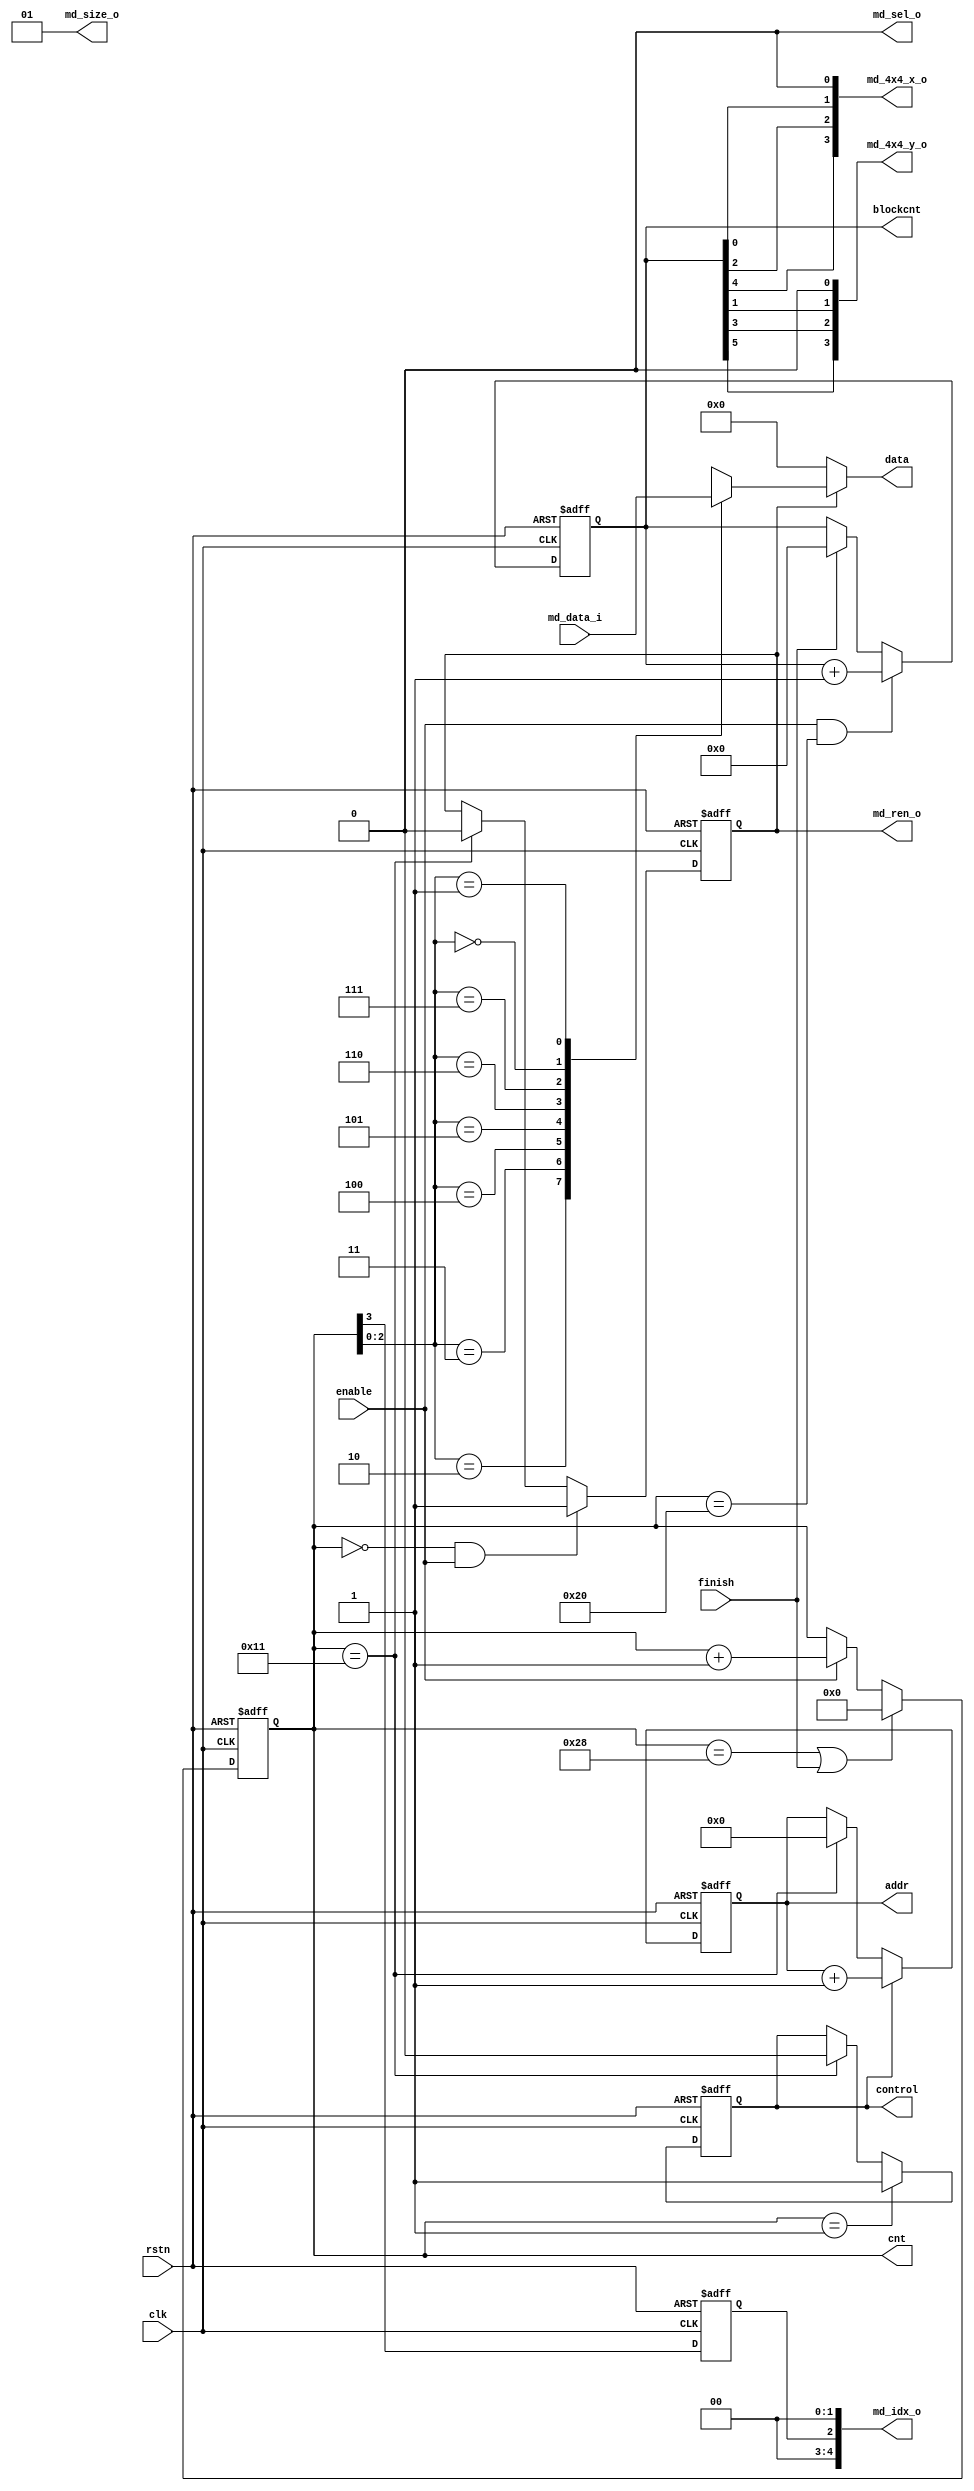
//======================================
//
//  Description   : original 8x8 block pixels fetch
//
//======================================
module fetch8x8(
	clk,
	rstn,
	
	enable,
	addr,
	data,
	cnt,
	blockcnt,
	finish,
	control,
	
	md_ren_o,	
	md_sel_o,	
	md_size_o,	
	md_4x4_x_o,	
	md_4x4_y_o,
	md_idx_o,	
	md_data_i	
);

	input						clk;
	input						rstn;
	input						enable;
	
	output		[31:0]			data;
	output						control;
	output		[3:0]			addr;
	output		[5:0]			cnt;
	output		[6:0]			blockcnt;
	input						finish;
	output						md_ren_o	;
	output						md_sel_o	;
	output		[1:0]			md_size_o	;
	output		[3:0]			md_4x4_x_o	;
	output		[3:0]			md_4x4_y_o	;
	output		[4:0]			md_idx_o	;
	input		[255:0]			md_data_i	;
	
	reg							md_ren_o	;
	wire						md_sel_o	;
	wire		[1:0]			md_size_o	;
	wire		[3:0]			md_4x4_x_o	;
	wire		[3:0]			md_4x4_y_o	;
	wire		[4:0]			md_idx_o	;
			
	reg			[31:0]			data;
	reg							control;
	reg			[3:0]			addr;
			
	reg			[5:0]			cnt;
	reg			[6:0]			blockcnt;
	wire		[255:0]			rdata;
	reg							flag;
	
//=====================================================================================
	
	assign		md_sel_o	=	1'b0;
	assign		md_size_o	=	2'b01;
	assign		md_idx_o	=	{2'b00,flag,2'b00};
	assign		md_4x4_x_o	=	{blockcnt[4],blockcnt[2],blockcnt[0],1'b0};
	assign		md_4x4_y_o	=	{blockcnt[5],blockcnt[3],blockcnt[1],1'b0};
	
	assign		rdata		=	md_data_i;
	
	always@(posedge clk or negedge rstn)
		if(!rstn)
			flag	<=	1'b0;
		else
			flag	<=	cnt[3];
	
	always@(posedge clk or negedge rstn)
		if(!rstn)
			cnt <= 'd0;
		else if((cnt == 'd40)||finish)
			cnt <= 'd0;
		else if(enable)
			cnt <= cnt + 1'b1;
			
	always@(posedge clk or negedge rstn)
		if(!rstn)
			blockcnt <= 'd0;
		else if(enable && (cnt == 'd32))
			blockcnt <= blockcnt + 1'b1;
		else if(finish)
			blockcnt <=	'd0;
	
	always@(posedge clk or negedge rstn)
		if(!rstn)
			md_ren_o	<=	1'b0;
		else if((cnt == 'd0)&&enable)
			md_ren_o	<=	1'b1;
		else if(cnt == 'd17)
			md_ren_o	<=	1'b0;
			
	always@(posedge clk or negedge rstn)
		if(!rstn)
			control	<=	1'b0;
		else if(cnt == 'd1)
			control	<=	1'b1;
		else if(cnt == 'd17)
			control	<=	1'b0;
			
	always@(posedge clk or negedge rstn)
		if(!rstn)
			addr	<=	'd0;
		else if(control)
			addr	<=	addr	+	1'b1;
		else if(cnt	==	'd17)
			addr	<=	'd0;
			
	always@(*) begin	
		if(md_ren_o)
			case(cnt[2:0])
				3'd2:	data	=	rdata[255:224];
				3'd3:	data	=	rdata[223:192];
				3'd4:	data	=	rdata[191:160];
				3'd5:	data	=	rdata[159:128];
				3'd6:	data	=	rdata[127:96];
				3'd7:	data	=	rdata[95:64];
				3'd0:	data	=	rdata[63:32];
				3'd1:	data	=	rdata[31:0];
			endcase
		else
			data		=	'd0;
	end
			
endmodule